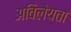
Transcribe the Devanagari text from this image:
अविलेयता